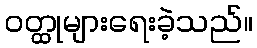
ဝတ္ထုများရေးခဲ့သည်။